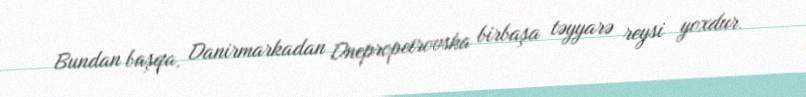
Bundan başqa, Danirmarkadan Dnepropetrovska birbaşa təyyarə reysi yoxdur.